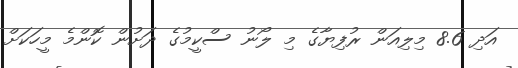
އަދި 8.6 މިލިއަން ރުފިޔާގެ މި ލޯނު ސްކީމުގެ ދަށުން ކޮންމެ މީހަކަށް